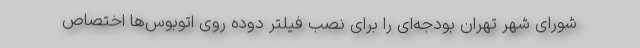
شورای شهر تهران بودجه‌ای را برای نصب فیلتر دوده روی اتوبوس‌ها اختصاص